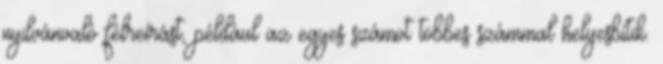
nyilvánvaló félreírást, például az egyes számot többes számmal helyesbítik.